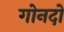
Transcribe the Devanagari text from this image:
गोनदो